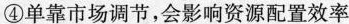
④单靠市场调节，会影响资源配置效率